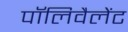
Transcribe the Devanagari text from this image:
पॉलिवैलेंट